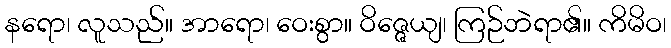
နရော၊ လူသည်။ အာရော၊ ဝေးစွာ။ ဝိဇ္ဇေယျ၊ ကြဉ်ဘဲရာ၏။ ကိမိဝ၊